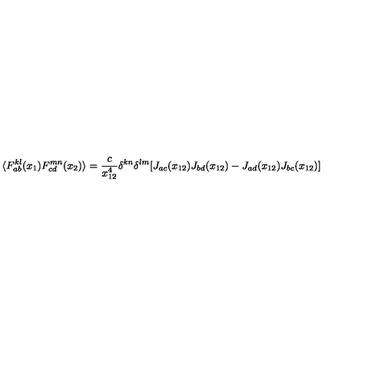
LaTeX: \langle F _ { a b } ^ { k l } ( x _ { 1 } ) F _ { c d } ^ { m n } ( x _ { 2 } ) \rangle = \frac { c } { x _ { 1 2 } ^ { 4 } } \delta ^ { k n } \delta ^ { l m } [ J _ { a c } ( x _ { 1 2 } ) J _ { b d } ( x _ { 1 2 } ) - J _ { a d } ( x _ { 1 2 } ) J _ { b c } ( x _ { 1 2 } ) ]